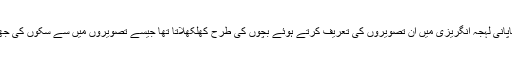
لیکن رابرٹ جاپانی لہجہ انگریزی میں ان تصویروں کی تعریف کرتے ہوئے بچوں کی طرح کھلکھلاتا تھا جیسے تصویروں میں سے سکوں کی جھنکار نکلتی ہو۔